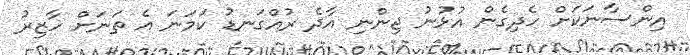
އިންސާނަކަށް ހެދިގެން އުޅުނު ޖިންނި އާދެ ރުއްގަނޑު ކަމަނަ އެ ތަނަށް ހާޒިރު